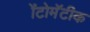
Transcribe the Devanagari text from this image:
ॲटोमॅटीक